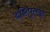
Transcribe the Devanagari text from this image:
द्दष्टिपूतना